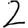
Digit: 2